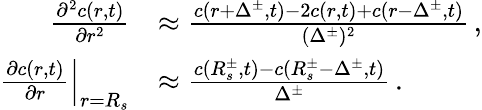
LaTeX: \begin{array}{rl}{\frac{\partial^{2}c(r,t)}{\partial r^{2}}}&{\approx\frac{c(r+\Delta^{\pm},t)-2c(r,t)+c(r-\Delta^{\pm},t)}{(\Delta^{\pm})^{2}}\, ,}\\ {\frac{\partial c(r,t)}{\partial r}\Big|_{r=R_{s}}}&{\approx\frac{c(R_{s}^{\pm},t)-c(R_{s}^{\pm}-\Delta^{\pm},t)}{\Delta^{\pm}}\, .}\end{array}